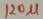
Text: 120µ